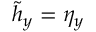
\tilde { h } _ { y } = \eta _ { y }